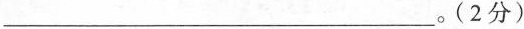
____。(2分)